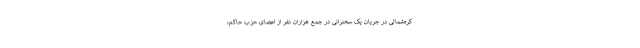
کره‌شمالی در جریان یک سخنرانی در جمع هزاران نفر از اعضای حزب حاکم،